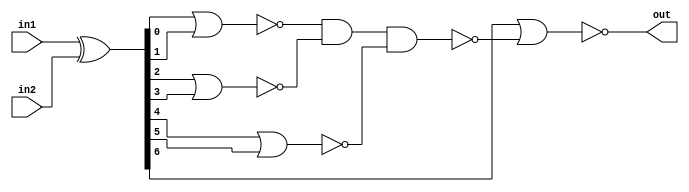
module sparc_exu_eclcomp7 (/*AUTOARG*/
   // Outputs
   out, 
   // Inputs
   in1, in2
   ) ;
   input [6:0] in1;
   input [6:0] in2;
   output      out;

   wire [6:0]  in1xorin2;
   wire nor1out;
   wire nor2out;
   wire nor3out;
   wire nandout;
   
   assign in1xorin2 = in1 ^ in2;
   assign nor1out = ~(in1xorin2[0] | in1xorin2[1]);
   assign nor2out = ~(in1xorin2[2] | in1xorin2[3]);
   assign nor3out = ~(in1xorin2[4] | in1xorin2[5]);
   assign nandout = ~(nor1out & nor2out & nor3out);
   assign out = ~(in1xorin2[6] | nandout);
   
   
endmodule